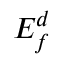
E _ { f } ^ { d }